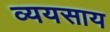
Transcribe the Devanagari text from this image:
व्ययसाय